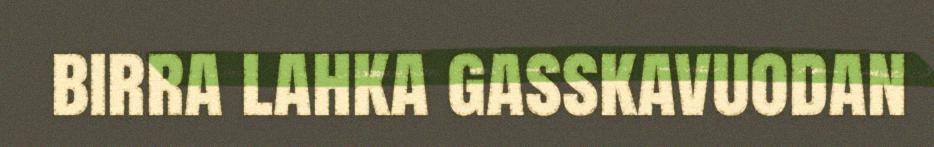
birra lahka gasskavuodan